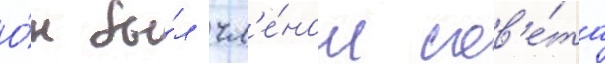
О́н бы́л чл'е́ном сов'е́та